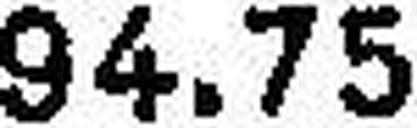
94.75